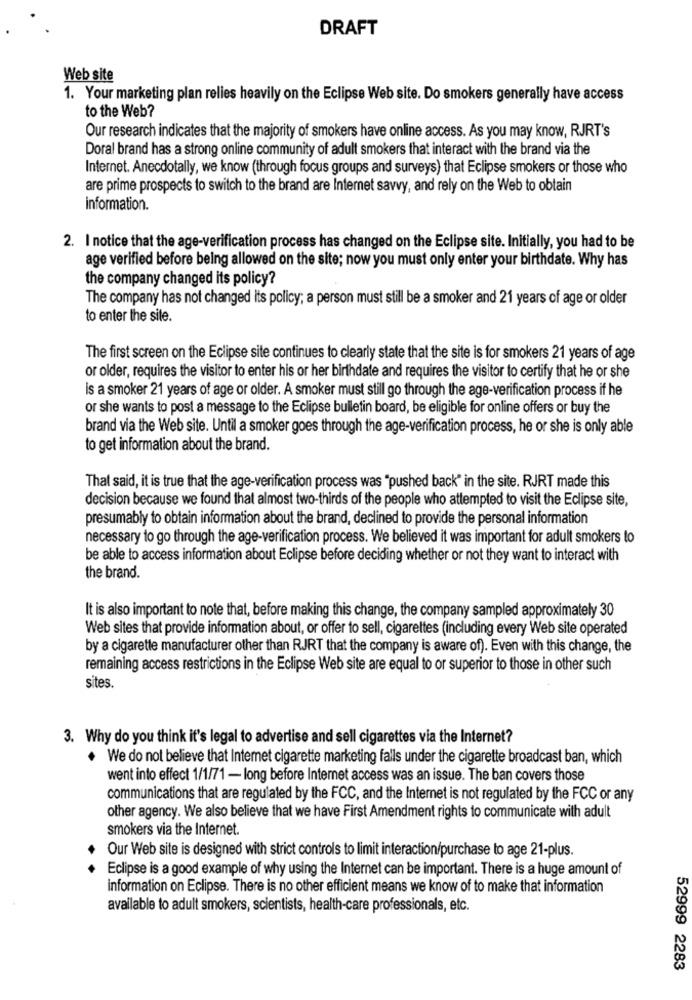
DRAFT
Web site
1. Your marketing plan relies heavily on the Eclipse Web site. Do smokers generally have access
to the Web?
Our research indicates that the majority of smokers have online access. As you may know, RJRT's
Doral brand has a strong online community of adult smokers that interact with the brand via the
Internet. Anecdotally, we know (through focus groups and surveys) that Eclipse smokers or those who
are prime prospects to switch to the brand are Internet savvy, and rely on the Web to obtain
information.
2. I notice that the age-verification process has changed on the Eclipse site. Initially, you had to be
age verified before being allowed on the site; now you must only enter your birthdate. Why has
the company changed its policy?
The company has not changed its policy; a person must still be a smoker and 21 years of age or older
to enter the site.
The first screen on the Eclipse site continues to clearly state that the site is for smokers 21 years of age
or older, requires the visitor to enter his or her birthdate and requires the visitor to certify that he or she
is a smoker 21 years of age or older. A smoker must still go through the age-verification process if he
or she wants to post a message to the Eclipse bulletin board, be eligible for online offers or buy the
brand via the Web site. Until a smoker goes through the age-verification process, he or she is only able
to get information about the brand.
That said, it is true that the age-verification process was "pushed back" in the site. RJRT made this
decision because we found that almost two-thirds of the people who attempted to visit the Eclipse site,
presumably to obtain information about the brand, declined to provide the personal information
necessary to go through the age-verification process. We believed it was important for adult smokers to
be able to access information about Eclipse before deciding whether or not they want to interact with
the brand.
It is also important to note that, before making this change, the company sampled approximately 30
Web sites that provide information about, or offer to sell, cigarettes (including every Web site operated
by a cigarette manufacturer other than RJRT that the company is aware of). Even with this change, the
remaining access restrictions in the Eclipse Web site are equal to or superior to those in other such
sites.
3. Why do you think it's legal to advertise and sell cigarettes via the Internet?
We do not believe that Internet cigarette marketing falls under the cigarette broadcast ban, which
went into effect 1/1/71 - long before Internet access was an issue. The ban covers those
communications that are regulated by the FCC, and the Internet is not regulated by the FCC or any
other agency. We also believe that we have First Amendment rights to communicate with adult
smokers via the Internet.
Our Web site is designed with strict controls to limit interaction/purchase to age 21-plus.
Eclipse is a good example of why using the Internet can be important. There is a huge amount of
information on Eclipse. There is no other efficient means we know of to make that information
available to adult smokers, scientists, health-care professionals, etc.
52999 2283